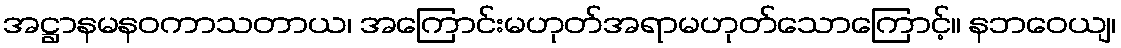
အဋ္ဌာနမနဝကာသတာယ၊ အကြောင်းမဟုတ်အရာမဟုတ်သောကြောင့်။ နဘဝေယျ၊